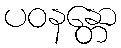
ပဝနန္တော